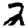
Digit: 2